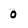
Character: 0